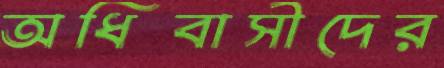
অধিবাসীদের